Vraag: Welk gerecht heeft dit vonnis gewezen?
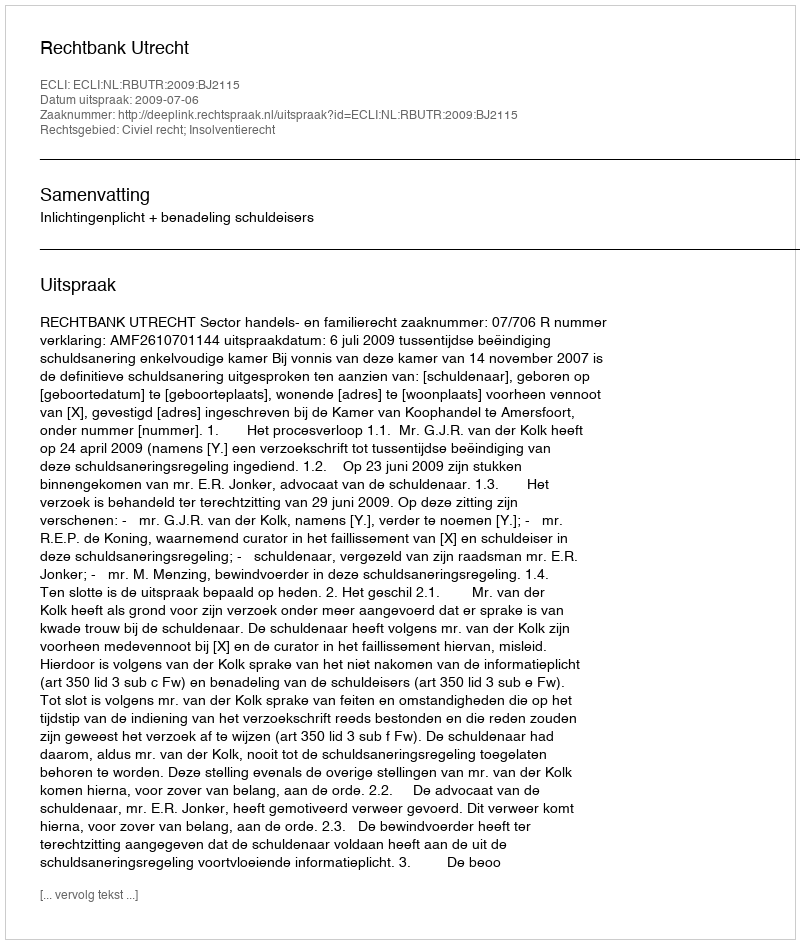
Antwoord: Rechtbank Utrecht